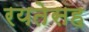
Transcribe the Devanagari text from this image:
रयतेसह